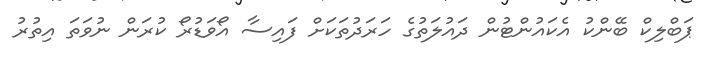
ޕަބްލިކް ބޭންކު އެކައުންޓުން ދައުލަތުގެ ހަރަދުތަކަށް ފައިސާ އޯވަޑުރޯ ކުރަން ނުވަތަ އިތުރު